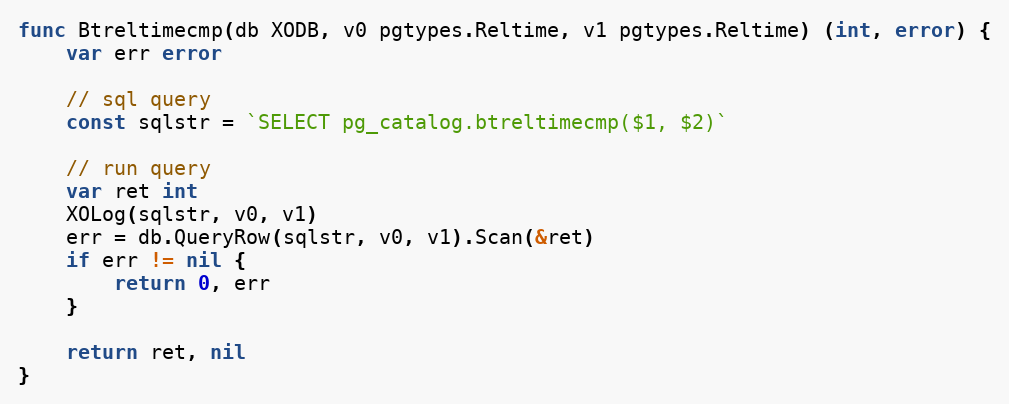
Language: Go
func Btreltimecmp(db XODB, v0 pgtypes.Reltime, v1 pgtypes.Reltime) (int, error) {
	var err error

	// sql query
	const sqlstr = `SELECT pg_catalog.btreltimecmp($1, $2)`

	// run query
	var ret int
	XOLog(sqlstr, v0, v1)
	err = db.QueryRow(sqlstr, v0, v1).Scan(&ret)
	if err != nil {
		return 0, err
	}

	return ret, nil
}